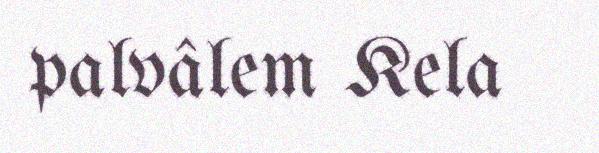
palvâlem Kela